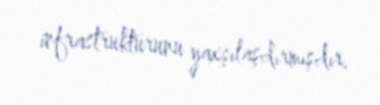
infrastrukturunu yaxşılaşdırmışdır.